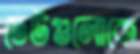
ঢেউগুলোকে